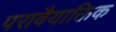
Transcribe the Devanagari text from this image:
परावैयाक्तिक